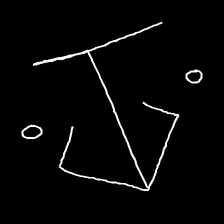
Glyph: earth